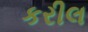
કરીલ